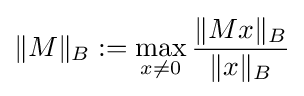
\|M\|_{B}:=\max _{x\neq 0}{\frac {\|Mx\|_{B}}{\|x\|_{B}}}